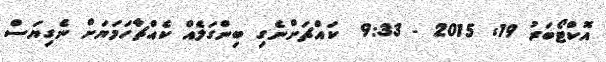
އޮކްޓޯބަރު 19